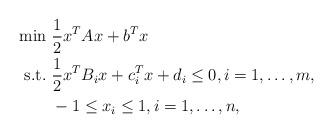
LaTeX: \begin{align*}\begin{aligned}\min&\ \frac{1}{2}x^TAx+b^Tx\\\mbox{s.t.}&\ \frac{1}{2}x^TB_ix+c_i^Tx+d_i\leq0,i=1,\dots,m,\\&\ -1\leq x_i \leq1, i=1,\dots,n,\end{aligned}\end{align*}